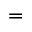
{ } = { }